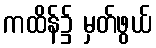
ကထိန်၌ မှတ်ဖွယ်